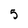
Character: 5